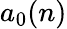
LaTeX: a_{0}(n)